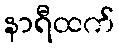
နာရီထက်